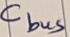
Text: Cbus